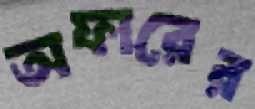
অফারের